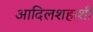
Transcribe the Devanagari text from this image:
आदिलशहाशी